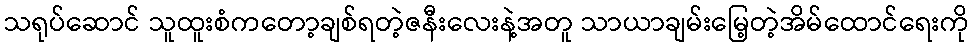
သရုပ်ဆောင် သူထူးစံကတော့ချစ်ရတဲ့ဇနီးလေးနဲ့အတူ သာယာချမ်းမြေ့တဲ့အိမ်ထောင်ရေးကို